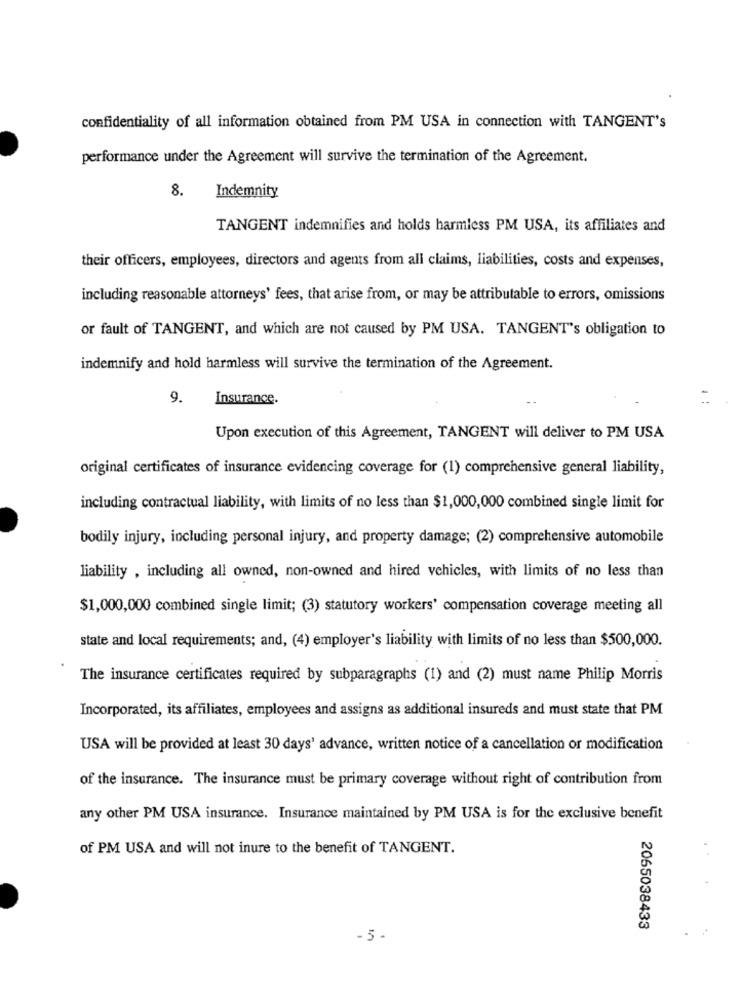
confidentiality of all information obtained from PM USA in connection with TANGENT's
performance under the Agreement will survive the termination of the Agreement.
8. Indemnity
TANGENT indemnifies and holds harmless PM USA, its affiliates and
their officers, employees, directors and agents from all claims, liabilities, costs and expenses,
including reasonable attorneys' fees, that arise from, or may be attributable to errors, omissions
or fault of TANGENT, and which are not caused by PM USA. TANGENT's obligation to
indemnify and hold harmless will survive the termination of the Agreement.
9.
Insurance.
:
Upon execution of this Agreement, TANGENT will deliver to PM USA
original certificates of insurance evidencing coverage for (1) comprehensive general liability,
including contractual liability, with limits of no less than $1,000,000 combined single limit for
bodily injury, including personal injury, and property damage; (2) comprehensive automobile
liability , including all owned, non-owned and hired vehicles, with limits of no less than
$1,000,000 combined single limit; (3) statutory workers' compensation coverage meeting all
state and local requirements; and, (4) employer's liability with limits of no less than $500,000.
The insurance certificates required by subparagraphs (1) and (2) must name Philip Morris
Incorporated, its affiliates, employees and assigns as additional insureds and must state that PM
USA will be provided at least 30 days' advance, written notice of a cancellation or modification
of the insurance. The insurance must be primary coverage without right of contribution from
any other PM USA insurance. Insurance maintained by PM USA is for the exclusive benefit
of PM USA and will not inure to the benefit of TANGENT.
2065038433
-5 -